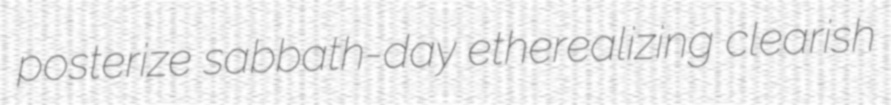
posterize sabbath-day etherealizing clearish